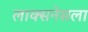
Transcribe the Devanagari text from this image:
लाक्सनेसला